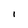
Character: i